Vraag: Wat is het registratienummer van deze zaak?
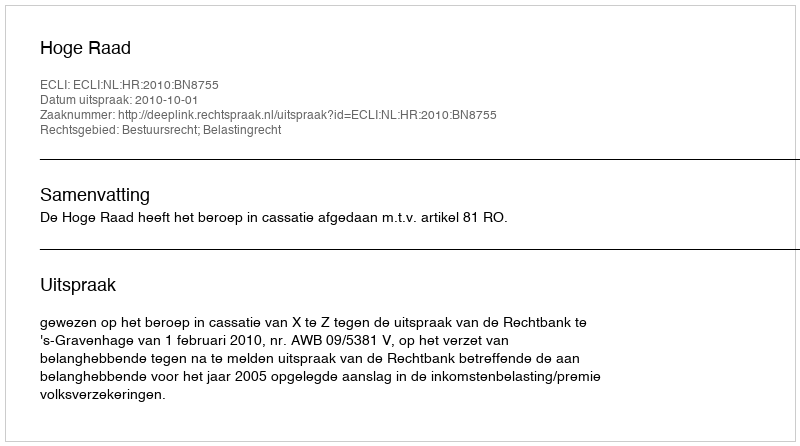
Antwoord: http://deeplink.rechtspraak.nl/uitspraak?id=ECLI:NL:HR:2010:BN8755